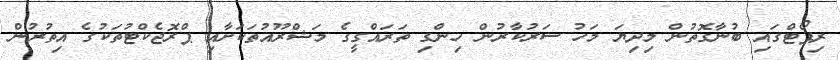
ރިޕޯޓްގައި ބުނާގޮތުން މިދިޔަ މަހު ސަރުކާރުން ހިންގި ތަރައްގީގެ މަޝްރޫއުތަކަށާއި ޕްރޮޖެކްޓުތަކުގެ އިތުރުން